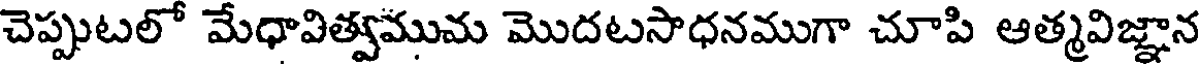
చెప్పుటలో మేధావిత్వముమ మొదటసాధనముగా చూపి ఆత్మవిజ్ఞాన